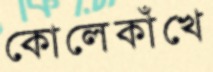
কোলেকাঁখে